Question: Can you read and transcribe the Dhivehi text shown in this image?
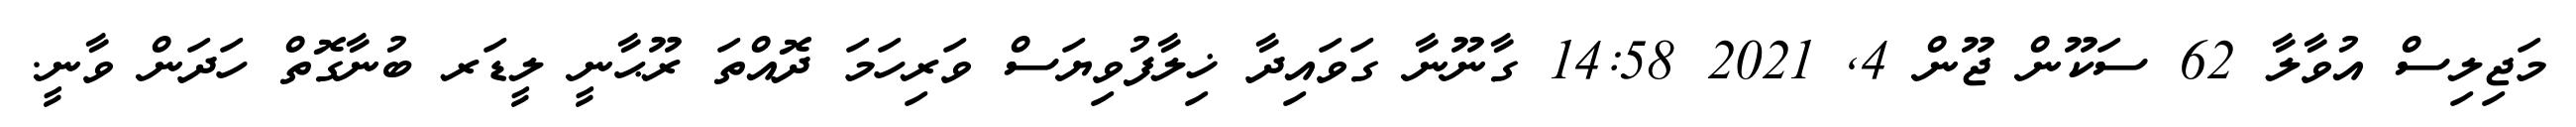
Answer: މަޖިލިސް އުވާލާ 62 ސަކޫން ޖޫން 4, 2021 14:58 ގާނޫނާ ގަވައިދާ ޚިލާފުވިޔަސް ވަރިހަމަ ދޮއްތަ ރޫޙާނީ ލީޑަރ ބުނާގޮތް ހަދަން ވާނީ.